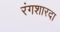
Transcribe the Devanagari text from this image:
रंगशारदा